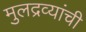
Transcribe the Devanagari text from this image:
मुलद्रव्यांची